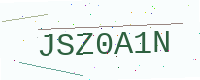
Text: JSZ0A1N